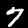
Label: 7